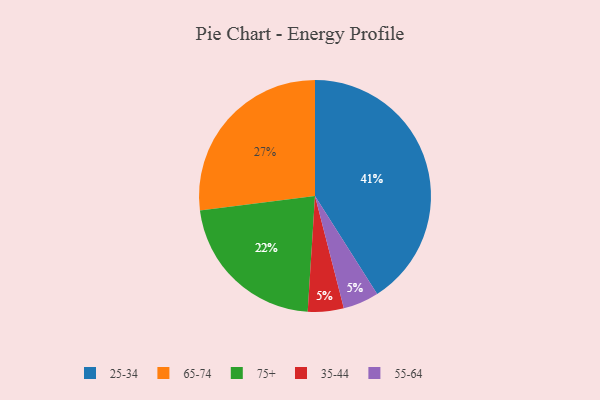
{"axis": {"x": "Category", "y": "Percentage"}, "legend": ["25-34", "35-44", "55-64", "65-74", "75+"], "data": [{"x": "75+", "y": 22, "type": "75+"}, {"x": "65-74", "y": 27, "type": "65-74"}, {"x": "35-44", "y": 5, "type": "35-44"}, {"x": "55-64", "y": 5, "type": "55-64"}, {"x": "25-34", "y": 41, "type": "25-34"}]}